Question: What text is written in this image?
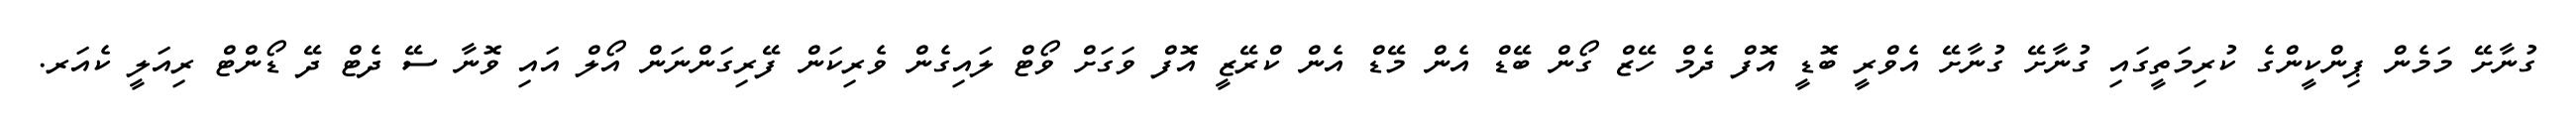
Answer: ގުނާށޭ މަމެން ޕިންކީންގެ ކުރިމަތީގައި ގުނާށޭ ގުނާށޭ އެވްރީ ބޮޑީ އޮފް ދެމް ހޭޒް ގޯން ބޭޑް އެން މޭޑް އެން ކްރޭޒީ އޮފް ވަގަށް ވޯޓް ލައިގެން ވެރިކަން ފޭރިގަންނަން އޯލް އައި ވޮނާ ސޭ ދެޓް ދޭ ޑޯންޓް ރިއަލީ ކެއަރ.